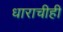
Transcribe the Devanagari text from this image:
धाराचीही